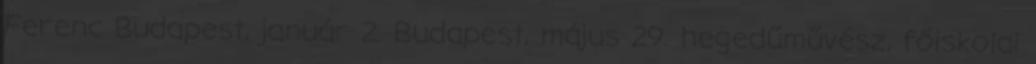
Ferenc Budapest, január 2. Budapest, május 29. hegedűművész, főiskolai